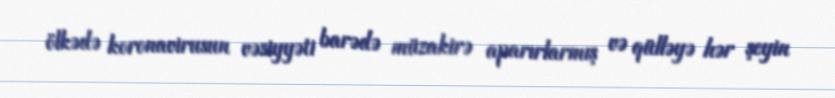
ölkədə koronavirusun vəziyyəti barədə müzakirə aparırlarmış və qülləyə hər şeyin